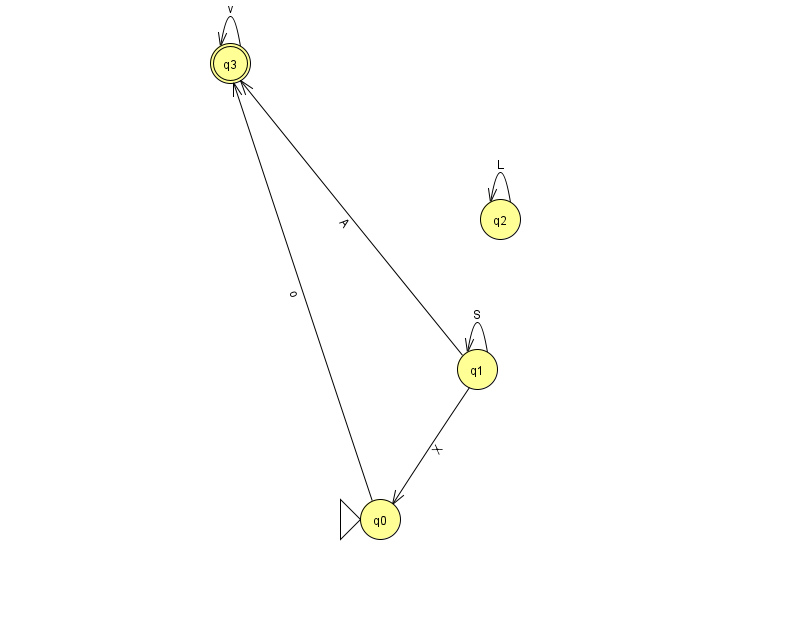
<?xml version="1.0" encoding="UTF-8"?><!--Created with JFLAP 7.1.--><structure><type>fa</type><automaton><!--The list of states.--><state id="0" name="q0"><x>380.0</x><y>506.0</y><initial/></state><state id="1" name="q1"><x>477.0</x><y>356.0</y></state><state id="2" name="q2"><x>500.0</x><y>206.0</y></state><state id="3" name="q3"><x>230.0</x><y>50.0</y><final/></state><!--The list of transitions.--><transition><from>0</from><to>3</to><read>o</read></transition><transition><from>1</from><to>1</to><read>S</read></transition><transition><from>3</from><to>3</to><read>v</read></transition><transition><from>1</from><to>3</to><read>A</read></transition><transition><from>2</from><to>2</to><read>L</read></transition><transition><from>1</from><to>0</to><read>X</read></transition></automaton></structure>